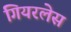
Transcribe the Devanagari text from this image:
गियरलेस